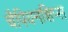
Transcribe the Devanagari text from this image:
चैपियनशिप्स